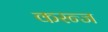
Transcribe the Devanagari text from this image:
करन्‍ज